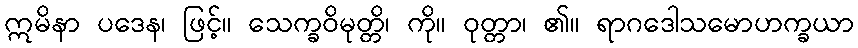
ဣမိနာ ပဒေန၊ ဖြင့်။ သေက္ခဝိမုတ္တိ၊ ကို။ ဝုတ္တာ၊ ၏။ ရာဂဒေါသမောဟက္ခယာ